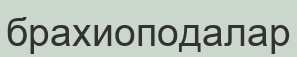
брахиоподалар